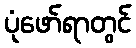
ပုံဖော်ရာတွင်